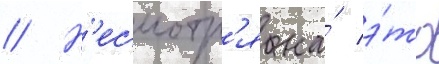
// Н'есмотр'я на́ э́то